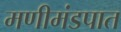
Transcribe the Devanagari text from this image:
मणीमंडपात